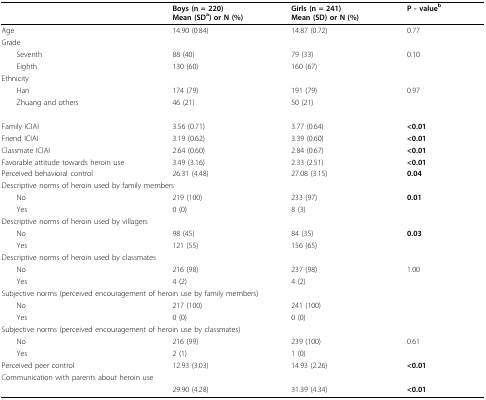
|  | Boys (n = 220) Mean (SDa) or N (%) | Girls (n = 241) Mean (SD) or N (%) | P - valueb |
 | --- | --- | --- | --- |
 | Age | 14.90 (0.84) | 14.87 (0.72) | 0.77 |
 | Grade |  |  |  |
 | Seventh | 88 (40) | 79 (33) | 0.10 |
 | Eighth | 130 (60) | 160 (67) |  |
 | Ethnicity |  |  |  |
 | Han | 174 (79) | 191 (79) | 0.97 |
 | Zhuang and others | 46 (21) | 50 (21) |  |
 | Family ICIAI | 3.56 (0.71) | 3.77 (0.64) | <0.01 |
 | Friend ICIAI | 3.19 (0.62) | 3.39 (0.60) | <0.01 |
 | Classmate ICIAI | 2.64 (0.60) | 2.84 (0.67) | <0.01 |
 | Favorable attitude towards heroin use | 3.49 (3.16) | 2.33 (2.51) | <0.01 |
 | Perceived behavioral control | 26.31 (4.48) | 27.08 (3.15) | 0.04 |
 | <COLSPAN=4> Descriptive norms of heroin used by family members |
 | No | 219 (100) | 233 (97) | 0.01 |
 | Yes | 0 (0) | 8 (3) |  |
 | <COLSPAN=4> Descriptive norms of heroin used by villagers |
 | No | 98 (45) | 84 (35) | 0.03 |
 | Yes | 121 (55) | 156 (65) |  |
 | <COLSPAN=4> Descriptive norms of heroin used by classmates |
 | No | 216 (98) | 237 (98) | 1.00 |
 | Yes | 4 (2) | 4 (2) |  |
 | <COLSPAN=4> Subjective norms (perceived encouragement of heroin use by family members) |
 | No | 217 (100) | 241 (100) |  |
 | Yes | 0 (0) | 0 (0) |  |
 | <COLSPAN=4> Subjective norms (perceived encouragement of heroin use by classmates) |
 | No | 216 (99) | 239 (100) | 0.61 |
 | Yes | 2 (1) | 1 (0) |  |
 | Perceived peer control | 12.93 (3.03) | 14.93 (2.26) | <0.01 |
 | <COLSPAN=4> Communication with parents about heroin use |
 |  | 29.90 (4.28) | 31.39 (4.34) | <0.01 |